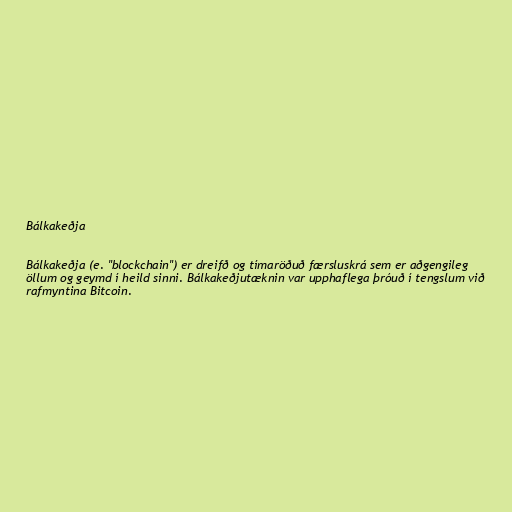
Bálkakeðja

Bálkakeðja (e. "blockchain") er dreifð og tímaröðuð færsluskrá sem er aðgengileg
öllum og geymd í heild sinni. Bálkakeðjutæknin var upphaflega þróuð í tengslum við
rafmyntina Bitcoin.